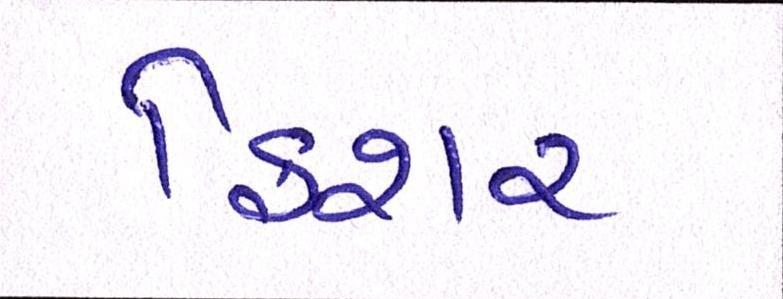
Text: ફિશર